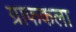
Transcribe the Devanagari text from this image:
ग्राफकला